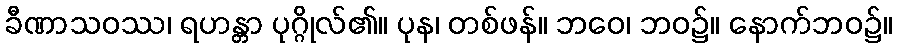
ခီဏာသဝဿ၊ ရဟန္တာ ပုဂ္ဂိုလ်၏။ ပုန၊ တစ်ဖန်။ ဘဝေ၊ ဘဝ၌။ နောက်ဘဝ၌။